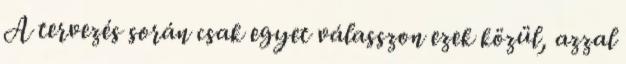
A tervezés során csak egyet válasszon ezek közül, azzal